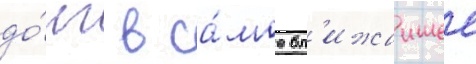
до́лг в са́мое бл'ижаишее